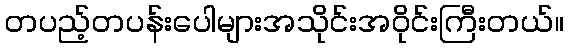
တပည့်တပန်းပေါများအသိုင်းအဝိုင်းကြီးတယ်။